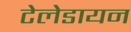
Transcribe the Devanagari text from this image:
टेलेडायन